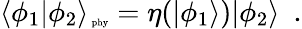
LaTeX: \langle\phi_{1}|\phi_{2}\rangle_{\mathrm{\tiny~phy}}=\eta(|\phi_{1}\rangle)|\phi_{2}\rangle\ \ .